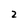
Character: 2